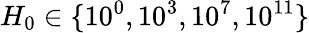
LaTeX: H_{0}\in\{ 10^{0},10^{3},10^{7},10^{11}\}